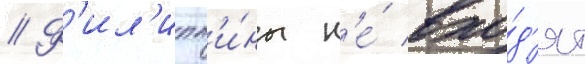
// Ф'ил'ипп'и́ны н'е́ вхо́д'ят